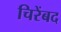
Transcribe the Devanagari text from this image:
चिरेंबद